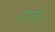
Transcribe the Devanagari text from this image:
गावै॰